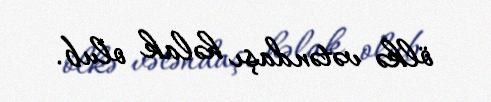
ölkə vətəndaşı həlak olub.